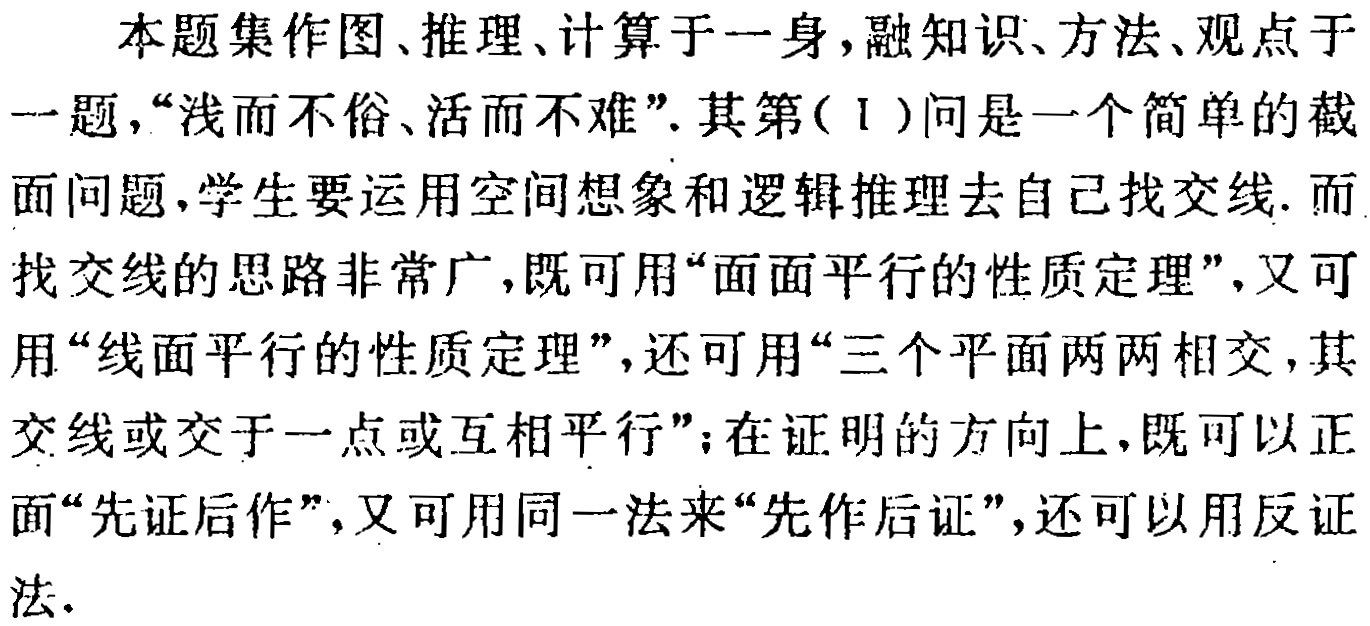
本题集作图、推理、计算于一身，融知识、方法、观点于一题，“浅而不俗、活而不难”. 其第(Ⅰ)问是一个简单的截面问题，学生要运用空间想象和逻辑推理去自己找交线. 而找交线的思路非常广，既可用“面面平行的性质定理”，又可用“线面平行的性质定理”，还可用“三个平面两两相交，其交线或交于一点或互相平行”；在证明的方向上，既可以正面“先证后作”，又可用同一法来“先作后证”，还可以用反证法.